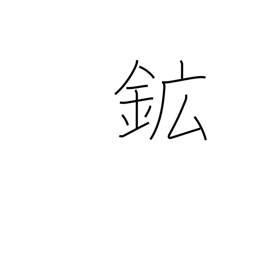
Meaning: ore